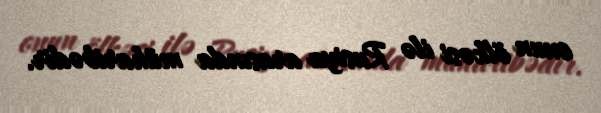
onun ölkəsi ilə Rusiya arasında müharibədir.